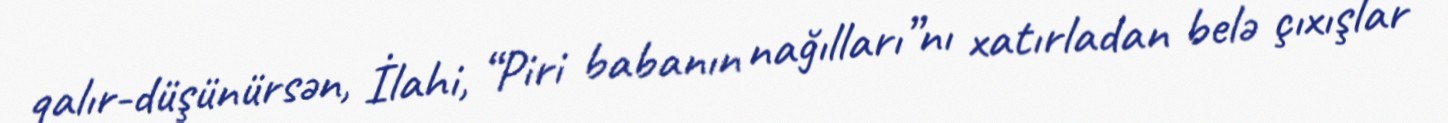
qalır-düşünürsən, İlahi, “Piri babanın nağılları”nı xatırladan belə çıxışlar